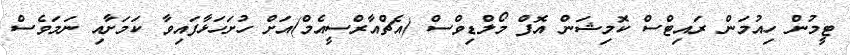
ޓީމުން ހިއުމަން ރައިޓްސް ކޮމިޝަން އޮފް މޯލްޑިވްސް (އެޗްއާރްސީއެމް)އަށް ހުށަހަޅާފައިވާ ކަމަށާއި ނަމަވެސް